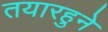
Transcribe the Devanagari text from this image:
तयारहुने